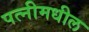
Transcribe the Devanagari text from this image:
पत्नीमधील